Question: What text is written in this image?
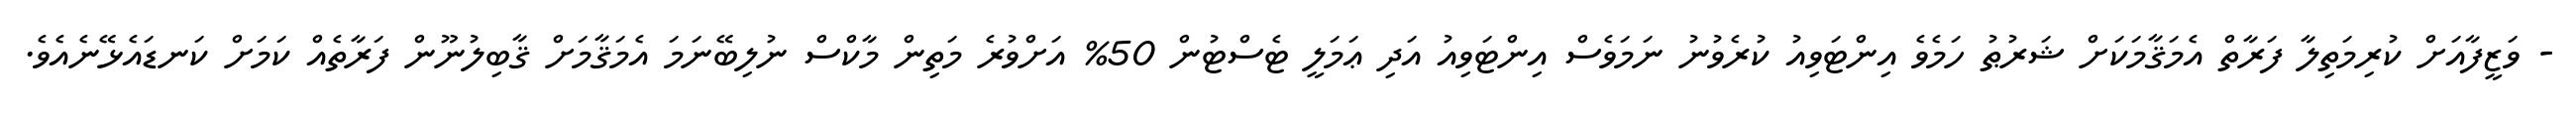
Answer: - ވަޒީފާއަށް ކުރިމަތިލާ ފަރާތް އެމަޤާމަކަށް ޝަރުޠު ހަމެވެ އިންޓަވިއު ކުރެވުނު ނަމަވެސް އިންޓަވިއު އަދި ޢަމަލީ ޓެސްޓުން 50% އަށްވުރެ މަތިން މާކްސް ނުލިބޭނަމަ އެމަޤާމަށް ޤާބިލުނޫން ފަރާތެއް ކަމަށް ކަނޑައެޅޭނެއެވެ.